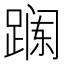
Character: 𲃯